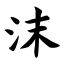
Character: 沫